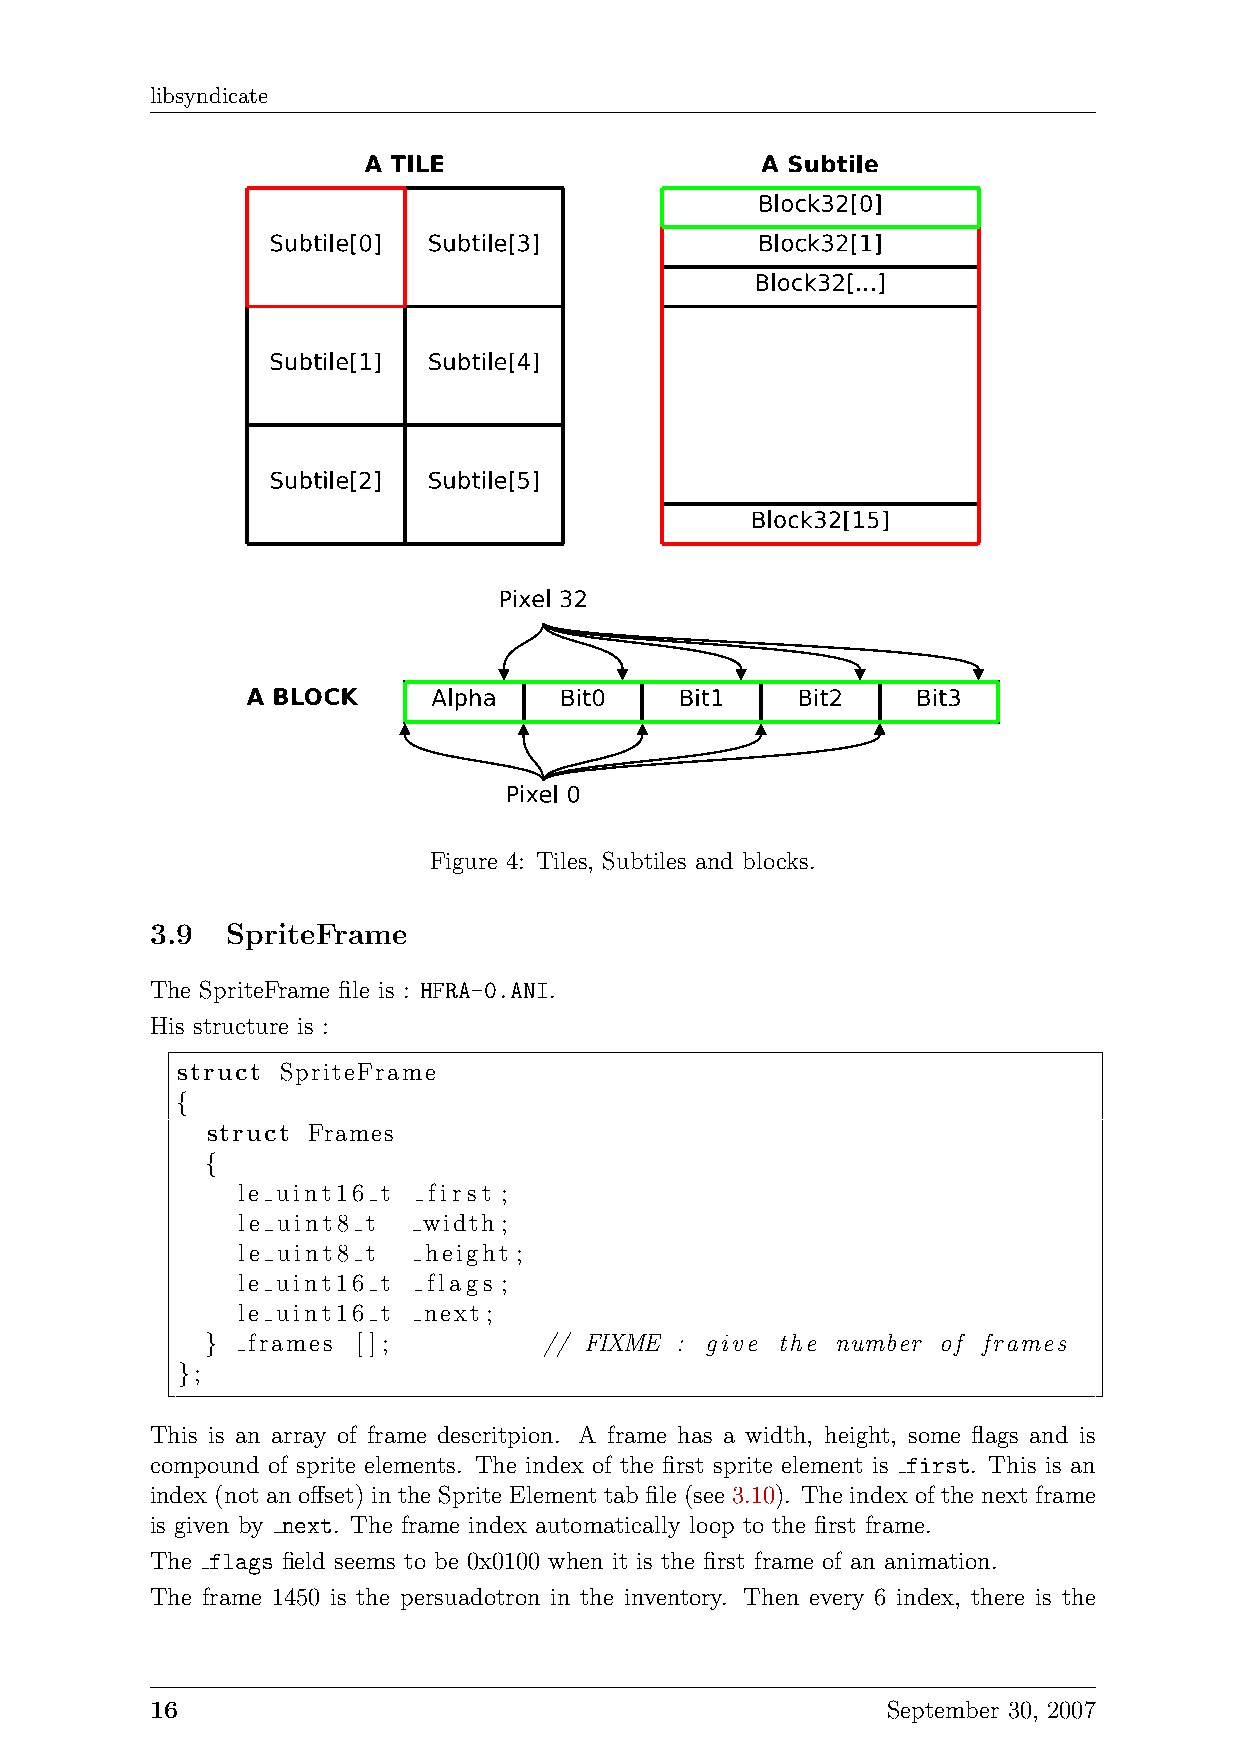
libsyndicate
 Figure 4: Tiles, Subtiles and blocks.
 3.9  SpriteFrame
 The SpriteFrame file is : HFRA-0.ANI.
 His structure is :
 struct SpriteFrame
 {
 struct Frames
 {
 le uint16 t first ;
 le uint8 t  width ;
 le uint8 t  height ;
 le uint16 t flags ;
 le uint16 t next ;
 } frames  [];         // FIXME : give the number of frames
 };
 This is an array of frame descritpion. A frame has a width, height, some flags and is
 compound of sprite elements. The index of the first sprite element is first. This is an
 index (not an offset) in the Sprite Element tab file (see 3.10). The index of the next frame
 is given by next. The frame index automatically loop to the first frame.
 The flags field seems to be 0x0100 when it is the first frame of an animation.
 The frame 1450 is the persuadotron in the inventory. Then every 6 index, there is the
 16                                               September 30, 2007